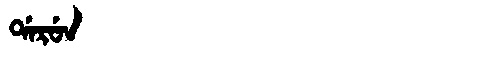
Manchu: ᡩᠠᡵᡠᠨ
Romanization: DARUN